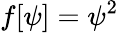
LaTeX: f[\psi]=\psi^{2}